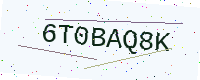
Text: 6T0BAQ8K